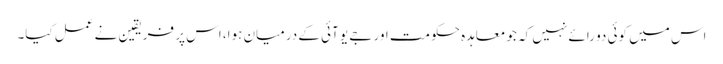
اس میں کوئی دو رائے نہیں کہ جو معاہدہ حکومت اور جے یو آئی کے درمیان ہوا، اس پر فریقین نے عمل کیا۔